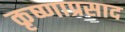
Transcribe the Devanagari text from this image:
कृष्णाप्रसाद